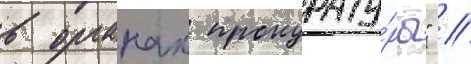
в органах прокурату́ры" //